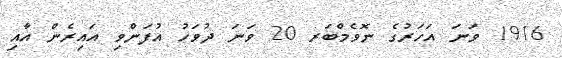
1916 ވަނަ އަހަރުގެ ނޮވެމްބަރ 20 ވަނަ ދުވަހު އުފަންވި އައިރެން އާއި